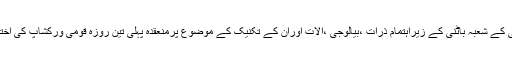
ان خیالات کااظہارانہوں ملاکنڈ یونیورسٹی کے شعبہ باٹنی کے زیراہتمام ذرات ،بیالوجی ،آلات اوران کے تکنیک کے موضوع پرمنعقدہ پہلی تین روزہ قومی ورکشاپ کی اختتامی تقریب سے خطاب کرتے ہوئے کیا۔